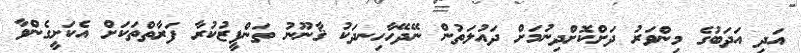
އަދި އަދަބުގެ މިންވަރު ދަށްކޮށްދިނުމަށް ދައުލަތުން ނޭދޭހާހިނދަކު ޤާނޫނު ތަންފީޒުކުރާ ފަރާތްތަކަށް އެކަށީގެންވާ